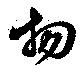
物